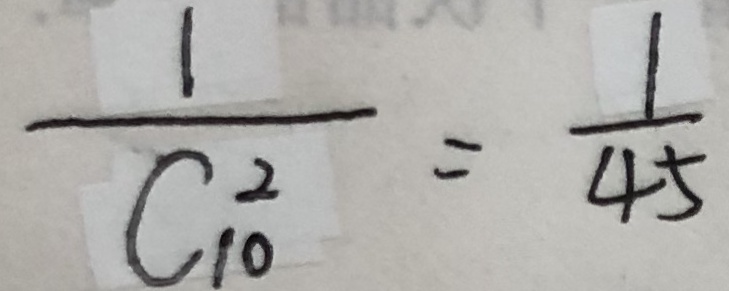
\frac { 1 } { C _ { 1 0 } ^ { 2 } } = \frac { 1 } { 4 5 }